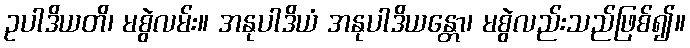
ဥပါဒိယတိ၊ မစွဲလမ်း။ အနုပါဒိယံ အနုပါဒိယန္တော၊ မစွဲလည်းသည်ဖြစ်၍။